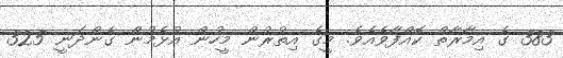
383 ގެ އިމާރާތް ކޮއްފާވެއެވެ. މީގެ އިތުރުން މީހުން އުޅެމުން ގެންދަނީ 325